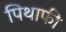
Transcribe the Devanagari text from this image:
पिथाफी